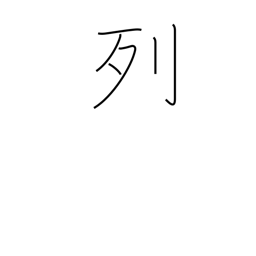
Meaning: row